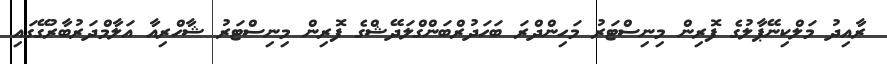
ރާއިދު މަލްކިނޭޕާލުގެ ފޮރިން މިނިސްޓަރު މަހިންދްރަ ބަހަދުރްބަންގްލަދޭޝްގެ ފޮރިން މިނިސްޓަރު ޝާހްރިއާ އަލާމްދަރުބާރުގޭގައި